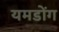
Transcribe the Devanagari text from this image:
यमडोंग